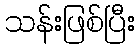
သန်းဖြစ်ပြီး